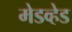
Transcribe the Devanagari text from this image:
मेडव्हेड